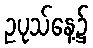
ဥပုသ်နေ့၌